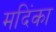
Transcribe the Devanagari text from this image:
मदिंका